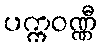
ပက္ကဝဏ္ဏီ